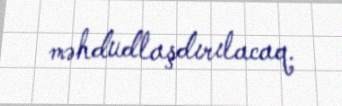
məhdudlaşdırılacaq.